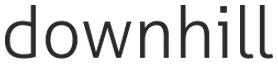
downhill